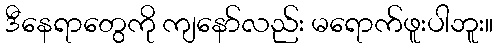
ဒီနေရာတွေကို ကျနော်လည်း မရောက်ဖူးပါဘူး။